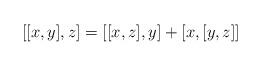
LaTeX: \begin{align*} [[x,y],z]=[[x,z],y]+[x,[y,z]]\end{align*}